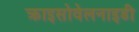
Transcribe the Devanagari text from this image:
क्राइसोवेलनाइडी